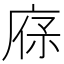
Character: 𢉔